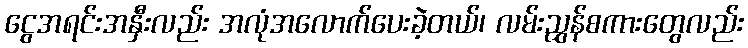
ငွေအရင်းအနှီးလည်း အလုံအလောက်ပေးခဲ့တယ်၊ လမ်းညွှန်စကားတွေလည်း